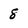
Character: 8